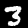
Label: 3